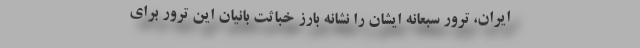
ایران، ترور سبعانه ایشان را نشانه بارز خباثت بانیان این ترور برای